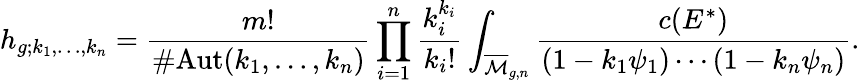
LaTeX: h_{g;k_{1},\dots,k_{n}}={\frac{m!}{\# {\mathrm{Aut}}(k_{1},\ldots,k_{n})}}\prod_{i=1}^{n}{\frac{k_{i}^{k_{i}}}{k_{i}!}}\int_{{\overline{{\mathcal{M}}}}_{g,n}}{\frac{c(E^{*})}{(1-k_{1}\psi_{1})\cdots(1-k_{n}\psi_{n})}}.